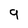
Character: 9